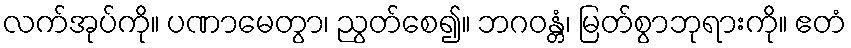
လက်အုပ်ကို။ ပဏာမေတွာ၊ ညွတ်စေ၍။ ဘဂဝန္တံ၊ မြတ်စွာဘုရားကို။ ဧတံ